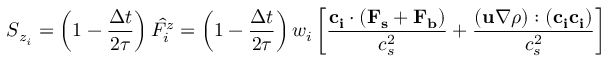
S _ { z _ { i } } = \left( 1 - \frac { \Delta t } { 2 \tau } \right) \hat { F _ { i } ^ { z } } = \left( 1 - \frac { \Delta t } { 2 \tau } \right) w _ { i } \left[ \frac { \mathbf { c _ { i } } \cdot ( \mathbf { F _ { s } } + \mathbf { F _ { b } } ) } { c _ { s } ^ { 2 } } + \frac { ( \mathbf { u } \nabla \rho ) : ( \mathbf { c _ { i } } \mathbf { c _ { i } } ) } { c _ { s } ^ { 2 } } \right]